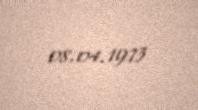
08.04.1973